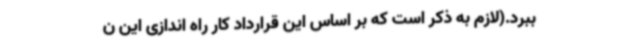
ببرد.(لازم به ذکر است که بر اساس این قرارداد کار راه اندازی این ن